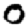
Digit: 0